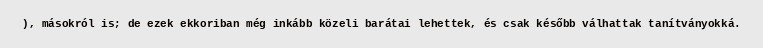
), másokról is; de ezek ekkoriban még inkább közeli barátai lehettek, és csak később válhattak tanítványokká.